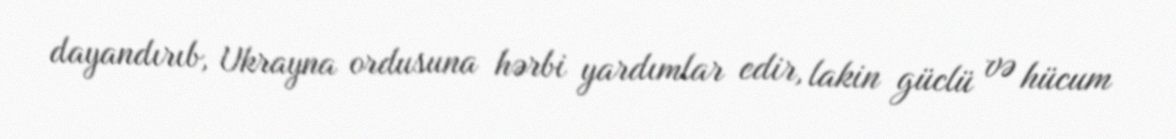
dayandırıb, Ukrayna ordusuna hərbi yardımlar edir, lakin güclü və hücum